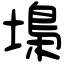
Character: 𡏭